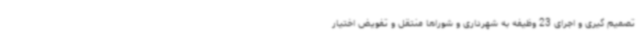
تصمیم گیری و اجرای 23 وظیفه به شهرداری و شوراها منتقل و تفویض اختیار